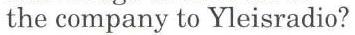
the company to Yleisradio?